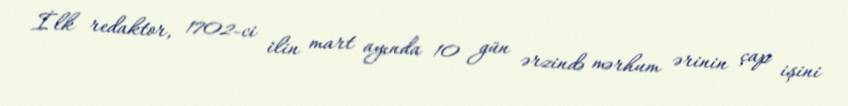
İlk redaktor, 1702-ci ilin mart ayında 10 gün ərzində mərhum ərinin çap işini